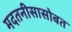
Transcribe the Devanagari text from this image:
मदतनीसासोबत